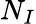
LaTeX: N_{I}